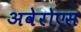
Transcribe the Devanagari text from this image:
अवेरोएस